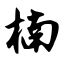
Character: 楠